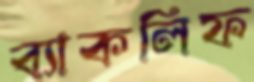
ব্যাকলিফ